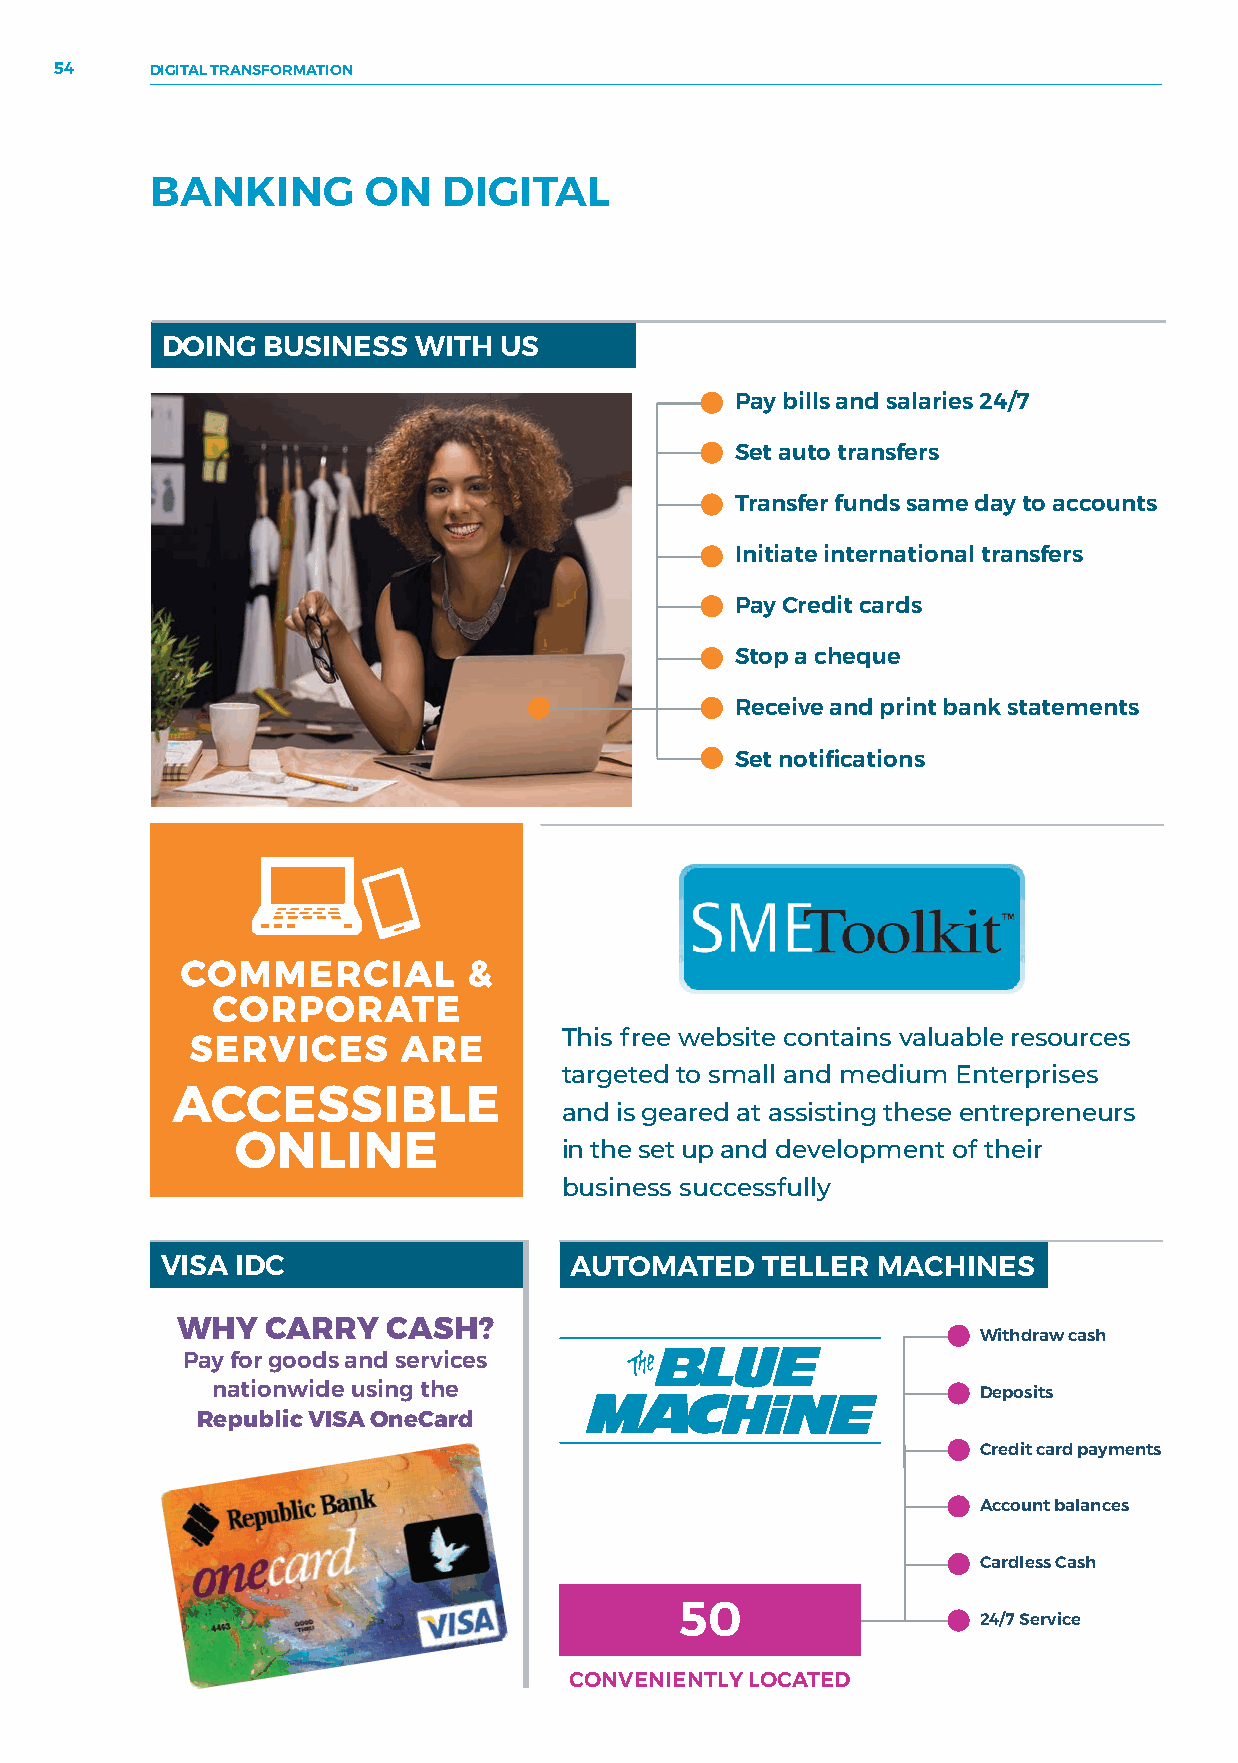
54    DIGITAL TRANSFORMATION
 BANKING       ON   DIGITAL
 DOING BUSINESS  WITH  US
 Pay bills and salaries 24/7
 Set auto transfers
 Transfer funds same day to accounts
 Initiate international transfers
 Pay Credit cards
 Stop a cheque
 Receive and print bank statements
 Set notifications
 COMMERCIAL         &
 CORPORATE
 This free website contains valuable resources
 SERVICES      ARE
 targeted to small and medium Enterprises
 ACCESSIBLE
 and is geared at assisting these entrepreneurs
 ONLINE
 in the set up and development of their
 business successfully
 VISA IDC                   AUTOMATED   TELLER  MACHINES
 WHY   CARRY   CASH?
 Withdraw cash
 Pay for goods and services
 nationwide using the                               Deposits
 Republic VISA OneCard
 Credit card payments
 Account balances
 Cardless Cash
 50
 24/7 Service
 CONVENIENTLY LOCATED